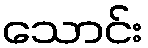
သောင်း